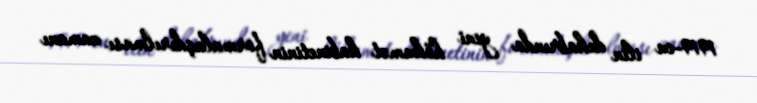
1919-cu ilin dekabrında yeni hökumət kabinetinin formalaşdırılması zamanı